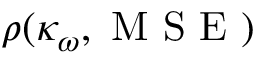
\rho ( \kappa _ { \omega } , \mathrm { ~ M ~ S ~ E ~ } )